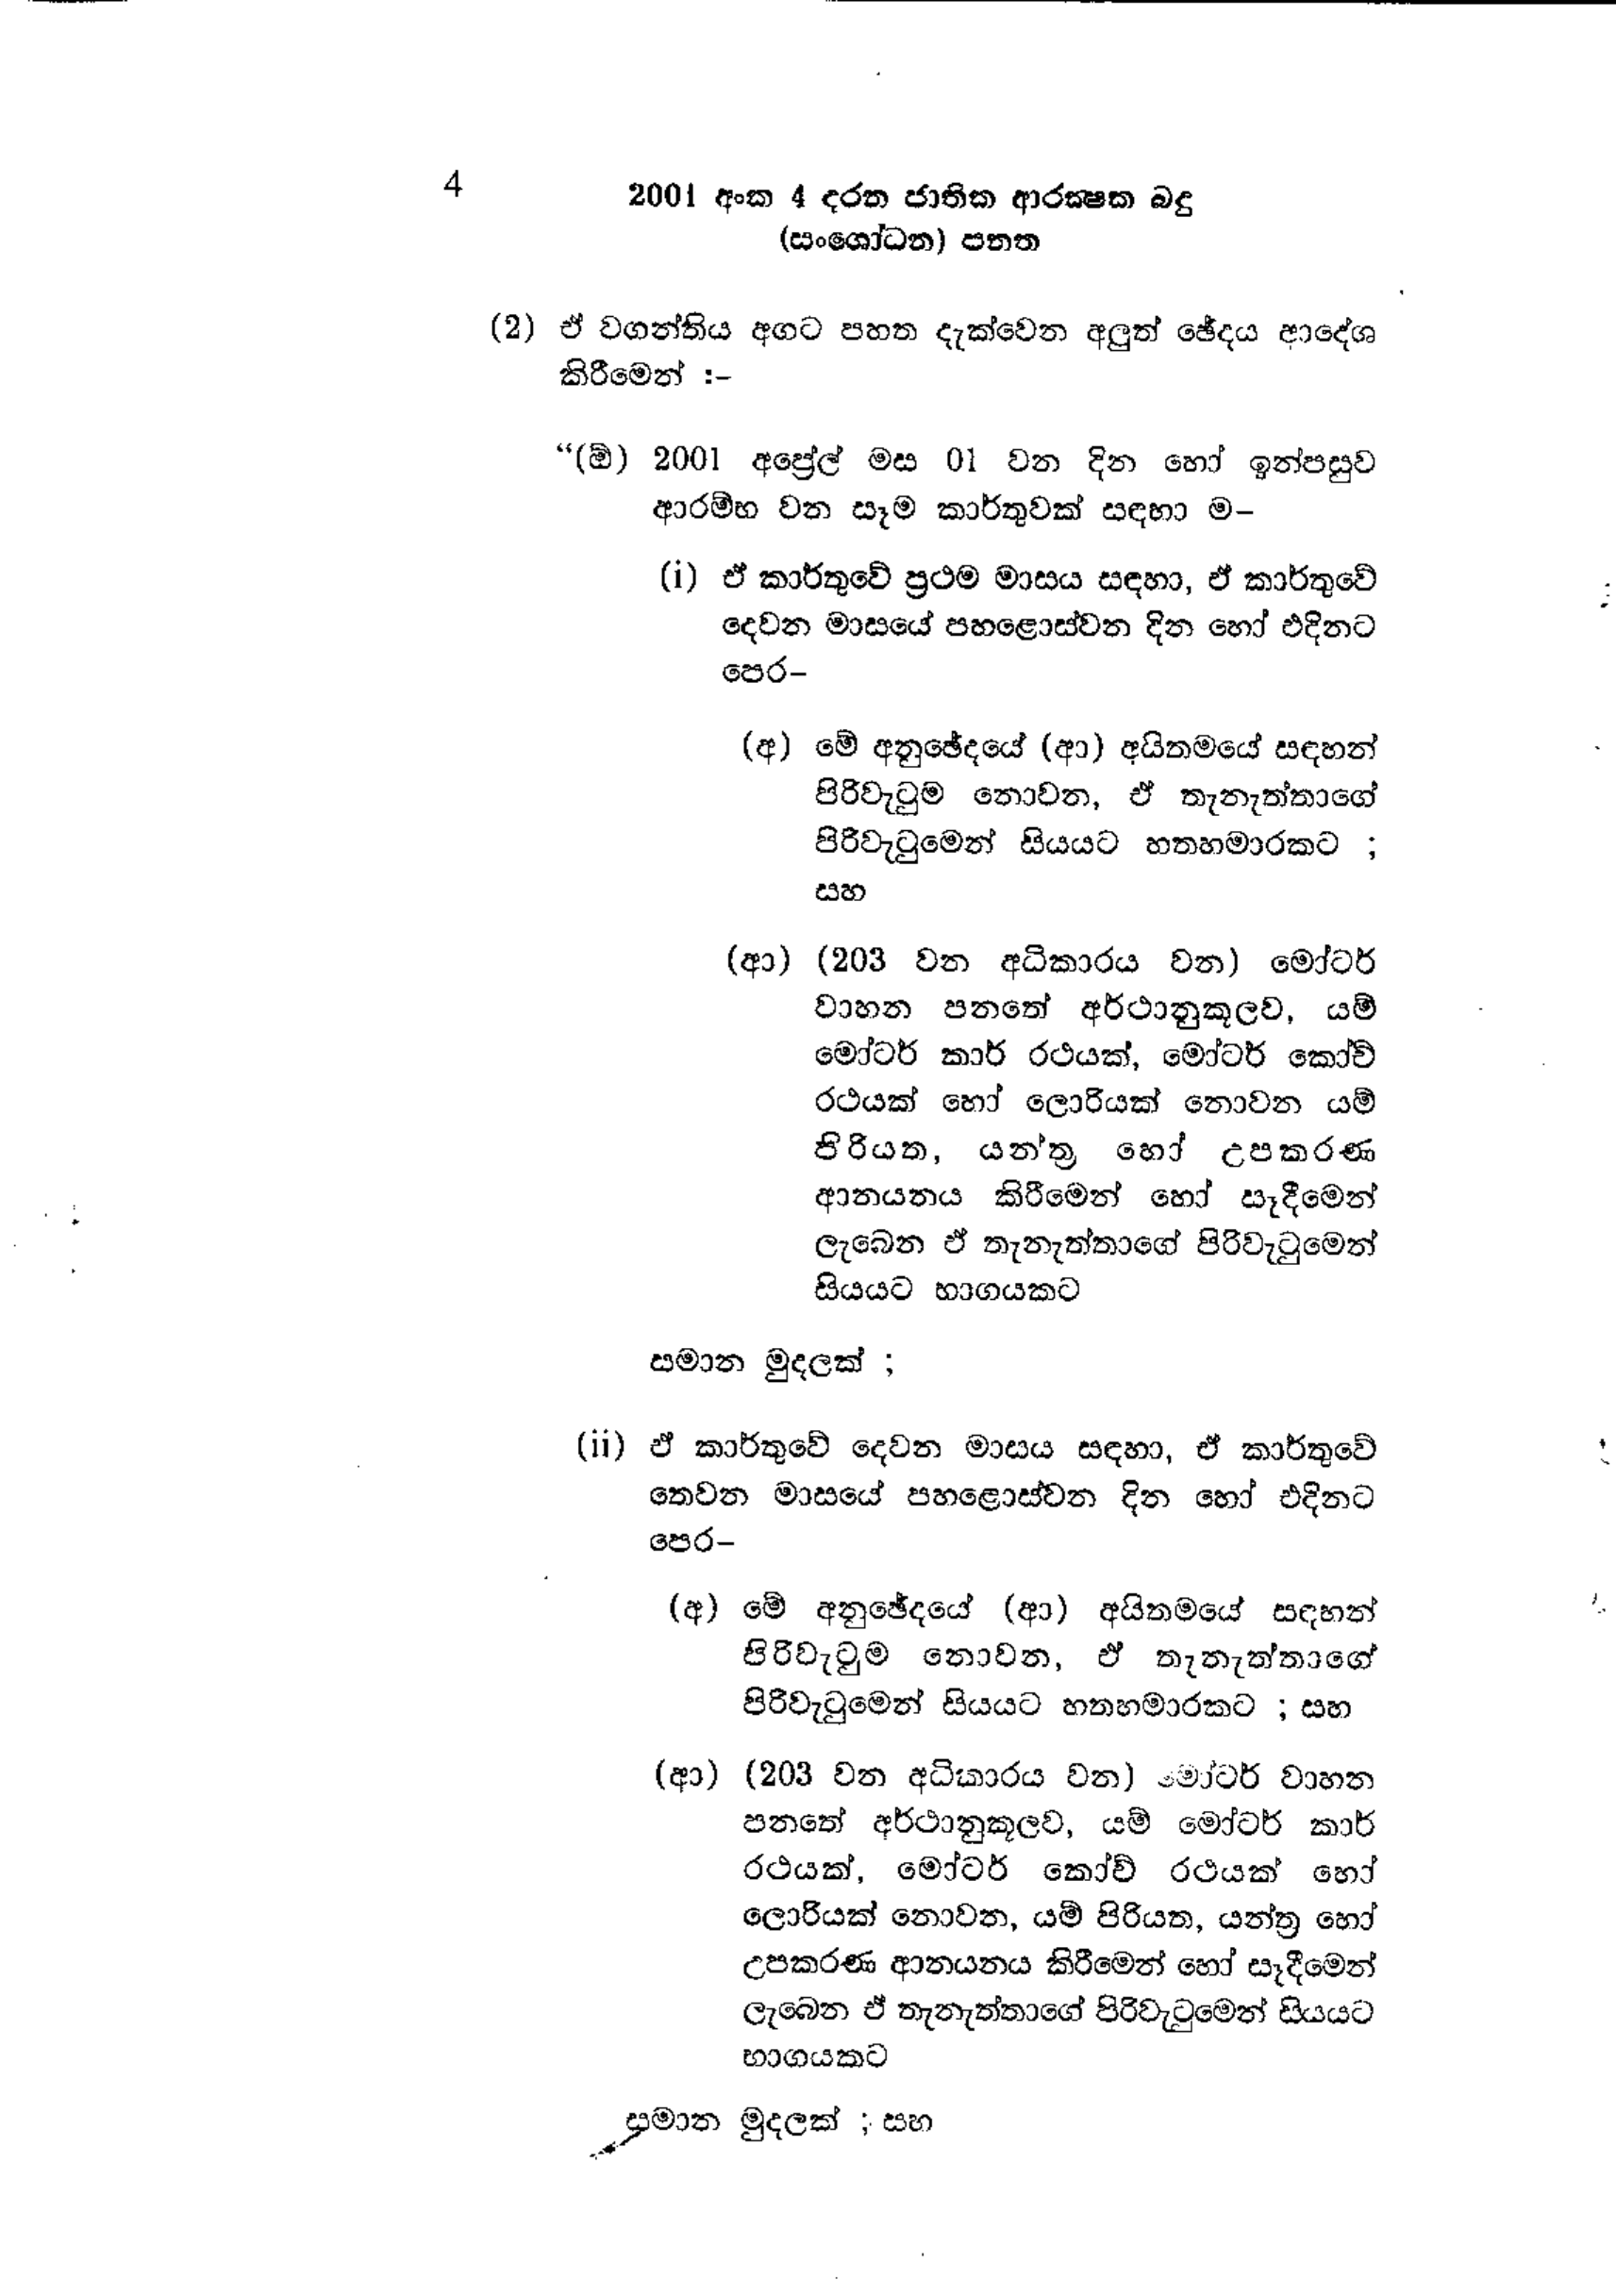
4 2001 අංක 4 දරන ජාතික ආරක්ෂක බදු
(සංශෝධන) පනත

(2) ඒ වගන්තිය අගට පහත දැක්වෙන අලුත් ඡේදය ආදේශ
කිරීමෙන් :-

“(ඕ) 2001 අප්‍රේල් මස 01 වන දින හෝ ඉන්පසුව
ආරම්භ වන සෑම කාර්තුවක් සඳහා ම-

(i) ඒ කාර්තුවේ ප්‍රථම මාසය සඳහා, ඒ කාර්තුවේ
දෙවන මාසයේ පහළොස්වන දින හෝ එදිනට
පෙර -

(අ) මේ අනුඡේදයේ (ආ) අයිතමයේ සඳහන්
පිරිවැටුම නොවන, ඒ තැනැත්තාගේ
පිරිවැටුමෙන් සියයට හතහමාරකට ;
සහ

(ආ) (203 වන අධිකාරය වන) මෝටර්
වාහන පනතේ අර්ථානුකූලව, යම්
මෝටර් කාර් රථයක්, මෝටර් කෝච්
රථයක් හෝ ලොරියක් නොවන යම්
පිරියත, යන්ත්‍ර හෝ උපකරණ
ආනයනය කිරීමෙන් හෝ සෑදීමෙන්
ලැබෙන ඒ තැනැත්තාගේ පිරිවැටුමෙන්
සියයට භාගයකට

සමාන මුදලක් ;

(ii ) ඒ කාර්තුවේ දෙවන මාසය සඳහා, ඒ කාර්තුවේ
තෙවන මාසයේ පහළොස්වන දින හෝ එදිනට
පෙර-

(අ) මේ අනුඡේදයේ (ආ) අයිතමයේ සඳහන්
පිරිවැටුම නොවන, ඒ තැනැත්තාගේ
පිරිවැටුමෙන් සියයට හතහමාරකට ; සහ

(ආ) (203 වන අධිකාරය වන) මෝටර් වාහන
පනතේ අර්ථානුකූලව, යම් මෝටර් කාර්
රථයක්, මෝටර් කෝච් රථයක් හෝ
ලොරියක් නොවන, යම් පිරියත, යන්ත්‍ර හෝ
උපකරණ ආනයනය කිරීමෙන් හෝ සෑදීමෙන්
ලැබෙන ඒ තැනැත්තාගේ පිරිවැටුමෙන් සියයට
භාගයකට

සමාන මුදලක් ; සහ